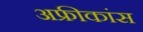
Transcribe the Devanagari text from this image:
अफ्रीकांस